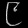
Digit: ၉